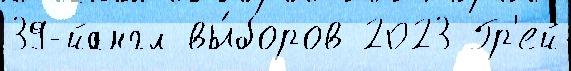
39-йангл вы́боров 2023 Гр'ей